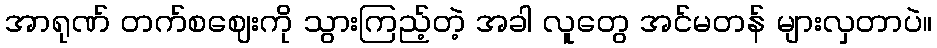
အာရုဏ် တက်စဈေးကို သွားကြည့်တဲ့ အခါ လူတွေ အင်မတန် များလှတာပဲ။